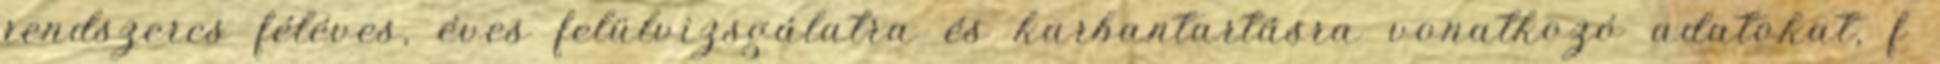
rendszeres féléves, éves felülvizsgálatra és karbantartásra vonatkozó adatokat, f